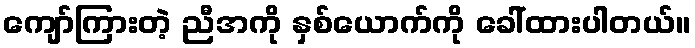
ကျော်ကြားတဲ့ ညီအကို နှစ်ယောက်ကို ခေါ်ထားပါတယ်။